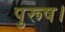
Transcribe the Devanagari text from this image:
पुरूष।